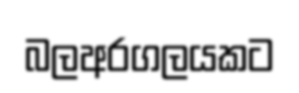
බලඅරගලයකට